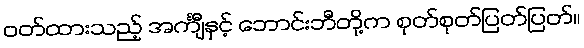
ဝတ်ထားသည့် အင်္ကျီနှင့် ဘောင်းဘီတို့က စုတ်စုတ်ပြတ်ပြတ်။